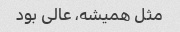
مثل همیشه، عالی بود